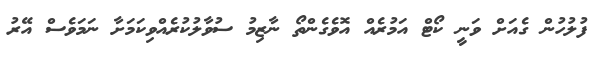
ފުލުހުން ގެއަށް ވަނީ ކޯޓް އަމުރެއް އޮވެގެންތޯ ނާޒިމު ސުވާލުކުރެއްވިކަމަށާ ނަމަވެސް އޭރު